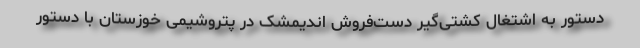
دستور به اشتغال کشتی‌گیر دست‌فروش اندیمشک در پتروشیمی خوزستان با دستور